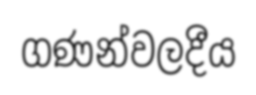
ගණන්වලදීය